Indian Medical Review
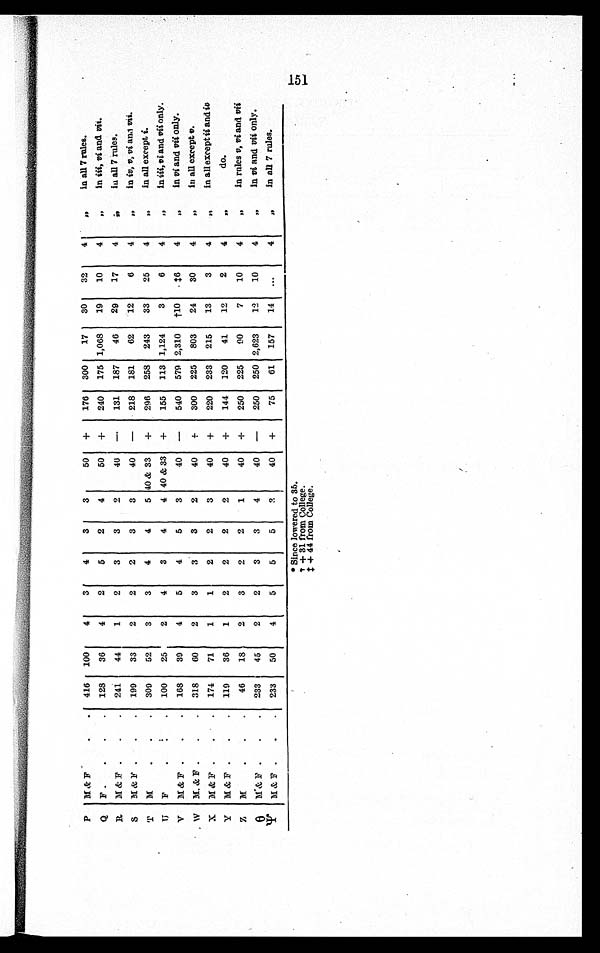
P M & F
416 100
4
3
4
3
3
50 +
176 300
17
30
32
4
„
in all 7 rules.
Q F
128
36
4
2
5
2
4
50 +
240 175 1,068
19
10
4
, ,
in iii, vi and vii.
R M & F
241
44
1
2
3
3
2
40
—
131 187
46
29
17
4
,,
in all 7 rules.
S M & F
199
33
2
2
2
3
3
40 —
218 181
62
12
6
4
„
in iv, v, vi and vii.
T M
309
52
3
3
4
4
5 40 & 33 +
296 258 243
33
25
4
„
in all except i.
U F
100
25
2
4
3
4
4 40 & 33 +
155 113 1,124
3
6
4
, ,
in iii, vi and vii only.
V M & F
168
39
4
5
4
5
3
40 —
540 579 2,310 †10 ‡6
4
, ,
in vi and vii only.
W M. & F
318
60
2
3
3
3
2
40
+
300 225 803
24
30
4
, ,
in all except v.
X M & F
174 71
1
1
2
2
3
40 +
220 233 215
13
3
4
,,
in all except ii and iv
Y M & F
119
36
1
2
2
2
2
40 +
144 120
41
12
2
4
, ,
do.
Z M
46
18
2
3
2
2
1
40 +
250 225 90
7
10
4
,,
in rules v, vi and vii
θ
M& F
233
45
2
2
3
3
4
40 —
250 250 2,623
12 10
4
,,
in vi and vii only.
Ψ M & F
233
50
4
5
5
5
3
40 +
75
61 157
14 ...
4
,,
in all 7 rules.
* Since lowered to 35.
† + 31 from College.
‡ + 44 from College.
151